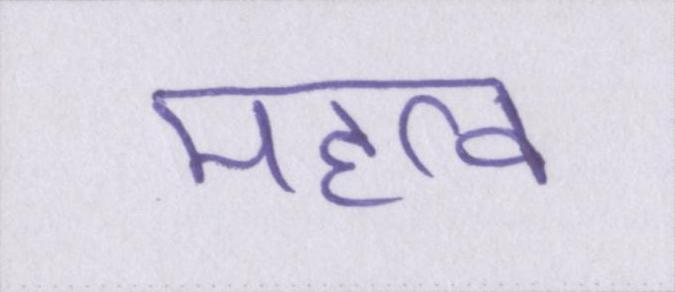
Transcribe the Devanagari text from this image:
महत्व